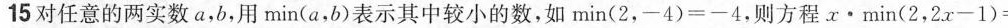
15对任意的两实数a，b，用min(a，b)表示其中较小的数，如$$min(2，-4) = -4$$，则方程x·min(2，2x-1) = x+